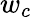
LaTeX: w_{c}